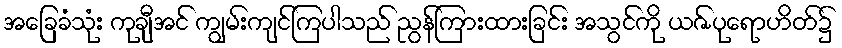
အခြေခံသုံး ကုချီအင် ကျွမ်းကျင်ကြပါသည် ညွန်ကြားထားခြင်း အသွင်ကို ယဇ်ပုရောဟိတ်၌